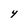
Character: Y